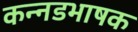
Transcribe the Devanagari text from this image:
कन्‍नडभाषक